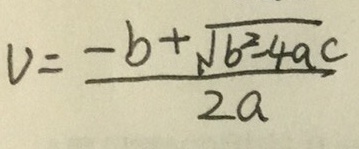
v = \frac { - b + \sqrt { b ^ { 2 } - 4 a c } } { 2 a }